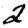
Digit: 2